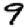
Digit: 9